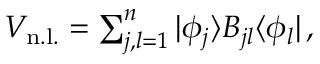
\begin{array} { r } { V _ { \mathrm { n . l . } } = \sum _ { j , l = 1 } ^ { n } \ensuremath { | \phi _ { j } \rangle } { B _ { j l } } \ensuremath { \langle \phi _ { l } | } \, , } \end{array}